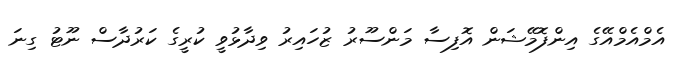
އެމްއެމްއޭގެ އިންފޮމޭޝަން އޮފިސާ މަންސޫރު ޒުހައިރު ވިދާޅުވީ ކުރީގެ ކަރުދާސް ނޫޓު ގިނަ